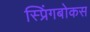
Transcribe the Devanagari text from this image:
स्प्रिंगबोकस